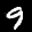
Label: 9